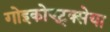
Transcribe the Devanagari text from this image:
गोइकोएट्क्सेया